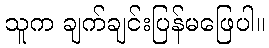
သူက ချက်ချင်းပြန်မဖြေပါ။